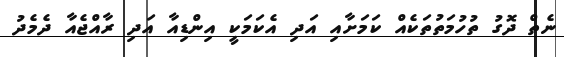
ނެތް ދޮގު ތުހުމަތުތަކެއް ކަމަށާއި އަދި އެކަމަކީ އިންޑިއާ އަދި ރާއްޖެއާ ދެމެދު